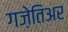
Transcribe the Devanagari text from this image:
गज़ेतिअर